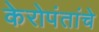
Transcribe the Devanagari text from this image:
केरोपंतांचे